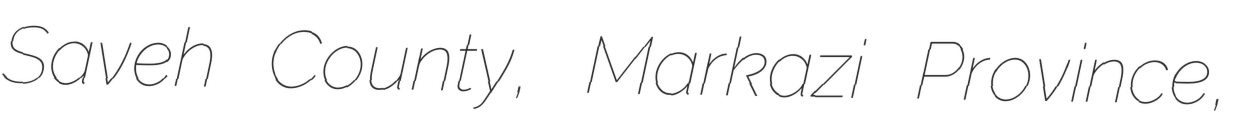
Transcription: Saveh County, Markazi Province,